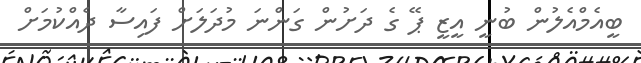
ބީއެމްއެލުން ބުނީ އީޒީ ޕޭ ގެ ދަށުން ގަންނަ މުދަލަށް ފައިސާ ދެއްކުމަށް